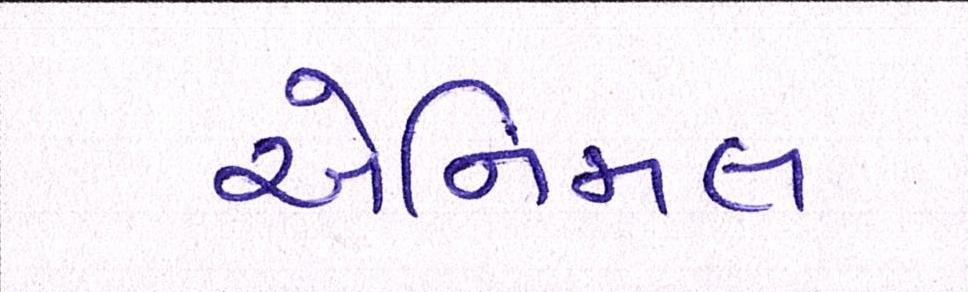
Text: એનિમલ